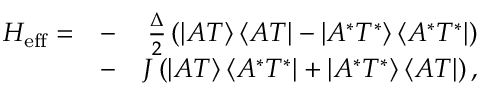
\begin{array} { r l r } { H _ { \mathrm { e f f } } = } & { - } & { \frac { \Delta } { 2 } \left( \left| A T \right\rangle \left\langle A T \right| - \left| A ^ { * } T ^ { * } \right\rangle \left\langle A ^ { * } T ^ { * } \right| \right) } \\ & { - } & { J \left( \left| A T \right\rangle \left\langle A ^ { * } T ^ { * } \right| + \left| A ^ { * } T ^ { * } \right\rangle \left\langle A T \right| \right) , } \end{array}